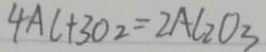
4 A l + 3 O _ { 2 } = 2 A l _ { 2 } O _ { 3 }